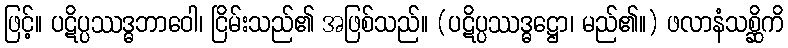
ဖြင့်။ ပဋိပ္ပဿဒ္ဓဘာဝေါ၊ ငြိမ်းသည်၏ အဖြစ်သည်။ (ပဋိပ္ပဿဒ္ဓဋ္ဌော၊ မည်၏။) ဖလာနံသစ္ဆိကိ